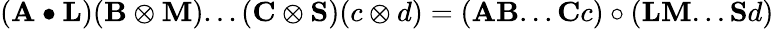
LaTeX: (\mathbf{A}\bullet\mathbf{L})(\mathbf{B}\otimes\mathbf{M})...(\mathbf{C}\otimes\mathbf{S})(c\otimes d)=(\mathbf{A}\mathbf{B}...\mathbf{C}c)\circ(\mathbf{L}\mathbf{M}...\mathbf{S}d)